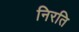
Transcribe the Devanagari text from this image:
निरति